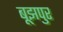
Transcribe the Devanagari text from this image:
बूझपुर